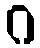
ဂ